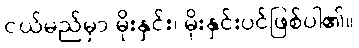
ငယ်မည်မှာ မိုးနှင်း၊ မိုးနှင်းပင်ဖြစ်ပါ၏။